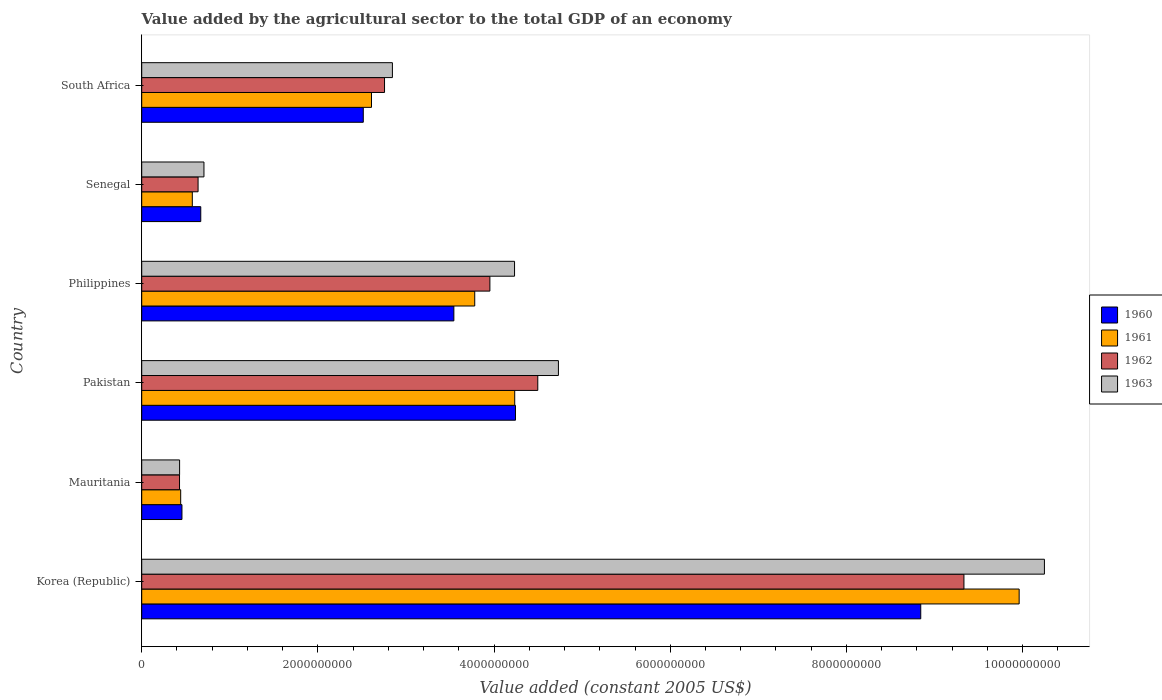
| Country | 1960 | 1961 | 1962 | 1963 |
 | --- | --- | --- | --- | --- |
 | Korea (Republic) | 8.84e+09 | 9.96e+09 | 9.33e+09 | 1.02e+10 |
 | Mauritania | 4.57e+08 | 4.42e+08 | 4.29e+08 | 4.3e+08 |
 | Pakistan | 4.24e+09 | 4.23e+09 | 4.5e+09 | 4.73e+09 |
 | Philippines | 3.54e+09 | 3.78e+09 | 3.95e+09 | 4.23e+09 |
 | Senegal | 6.7e+08 | 5.74e+08 | 6.4e+08 | 7.06e+08 |
 | South Africa | 2.52e+09 | 2.61e+09 | 2.76e+09 | 2.85e+09 |